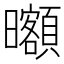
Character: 𣌔